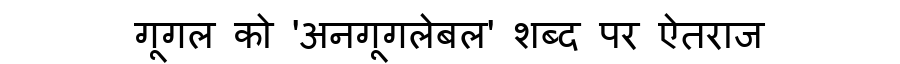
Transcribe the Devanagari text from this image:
गूगल को 'अनगूगलेबल' शब्द पर ऐतराज